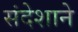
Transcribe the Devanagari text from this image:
संदेशाने